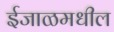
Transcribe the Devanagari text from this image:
ईजाळमधील